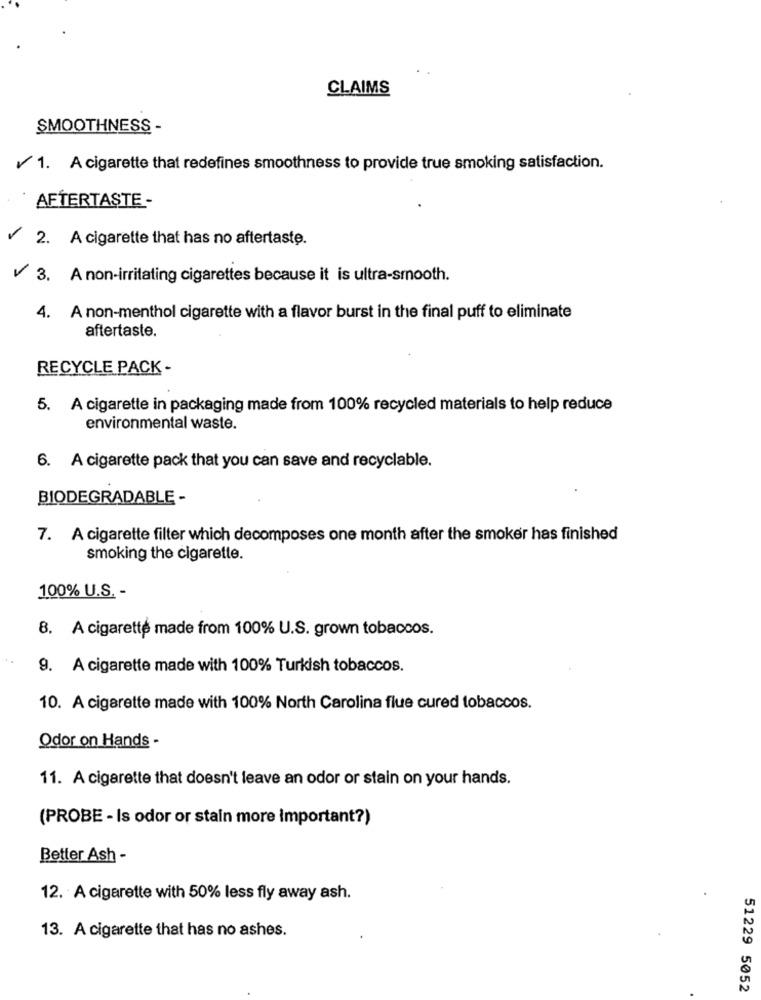
CLAIMS
SMOOTHNESS -
1. A cigarette that redefines smoothness to provide true smoking satisfaction.
AFTERTASTE -
2. A cigarette that has no aftertaste.
3. A non-irritating cigarettes because it is ultra-smooth.
4. A non-menthol cigarette with a flavor burst in the final puff to eliminate
aftertaste.
RECYCLE PACK -
5. A cigarette in packaging made from 100% recycled materials to help reduce
environmental waste.
6. A cigarette pack that you can save and recyclable.
BIODEGRADABLE -
7. A cigarette filter which decomposes one month after the smoker has finished
smoking the cigarette.
100% U.S. -
8. A cigarette made from 100% U.S. grown tobaccos.
9. A cigarette made with 100% Turkish tobaccos.
10. A cigarette made with 100% North Carolina flue cured tobaccos.
Odor on Hands -
11. A cigarette that doesn't leave an odor or stain on your hands.
(PROBE - Is odor or stain more Important?)
Better Ash -
12. A cigarette with 50% less fly away ash.
13. A cigarette that has no ashes.
51229 5052